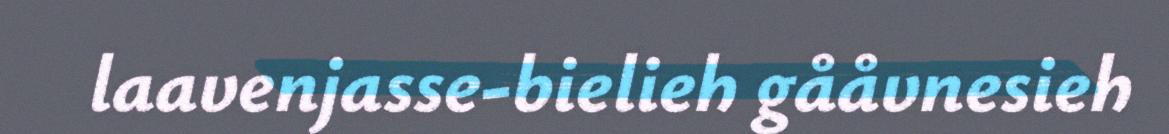
laavenjasse-bielieh gååvnesieh